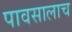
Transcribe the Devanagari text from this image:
पावसालाच